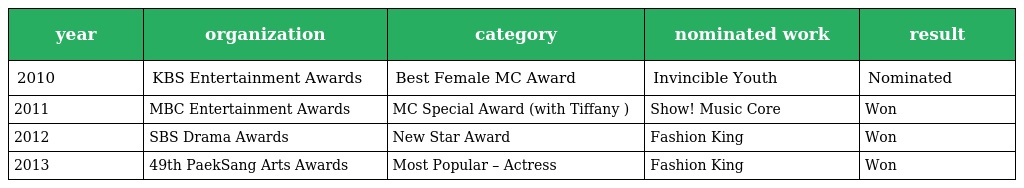
| year | organization | category | nominated work | result |
 | --- | --- | --- | --- | --- |
 | 2010 | KBS Entertainment Awards | Best Female MC Award | Invincible Youth | Nominated |
 | 2011 | MBC Entertainment Awards | MC Special Award (with Tiffany ) | Show! Music Core | Won |
 | 2012 | SBS Drama Awards | New Star Award | Fashion King | Won |
 | 2013 | 49th PaekSang Arts Awards | Most Popular – Actress | Fashion King | Won |